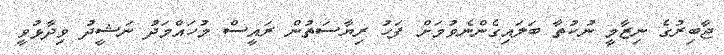
ޖާބިރުގެ ނިޒާމީ ނުކުތާ ބަލައިގެންނެވުމަށް ފަހު ރިޔާސަތުން ރައީސް މުހައްމަދު ނަޝީދު ވިދާޅުވީ